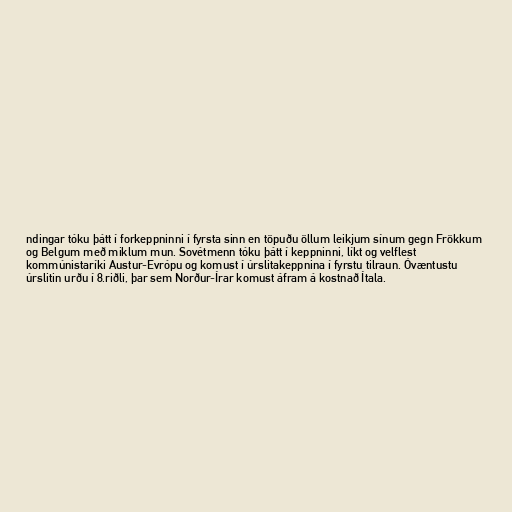
ndingar tóku þátt í forkeppninni í fyrsta sinn en töpuðu öllum leikjum sínum gegn Frökkum
og Belgum með miklum mun. Sovétmenn tóku þátt í keppninni, líkt og velflest
kommúnistaríki Austur-Evrópu og komust í úrslitakeppnina í fyrstu tilraun. Óvæntustu
úrslitin urðu í 8.riðli, þar sem Norður-Írar komust áfram á kostnað Ítala.